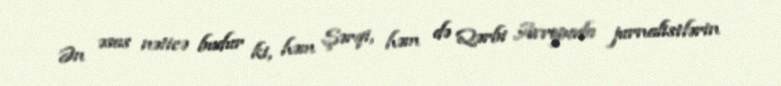
Ən əsas nəticə budur ki, həm Şərqi, həm də Qərbi Avropada jurnalistlərin